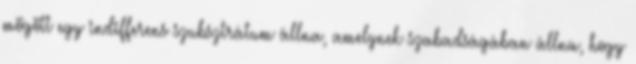
mögött egy indifferens szubsztrátum állna, amelynek szabadságában állna, hogy